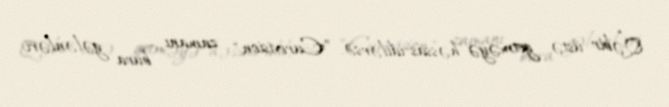
Qəbir üstə getməyə həssas idilərsə, ”Eurovision" zamanı bura gələnləri